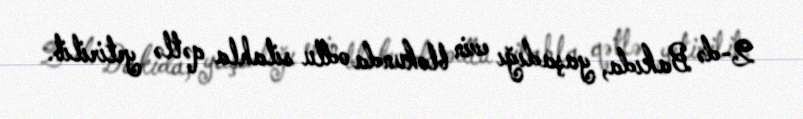
2-də Bakıda, yaşadığı evin blokunda odlu silahla qətlə yetirilib.